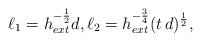
LaTeX: \begin{align*}\ell_1=h_{ext}^{-\frac{1}{2}}d,\ell_2=h_{ext}^{-\frac{3}{4}}(t\, d)^\frac{1}{2},\end{align*}